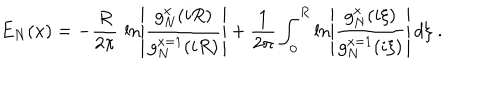
E _ { N } ( x ) = - { \frac { R } { 2 \pi } } \, \ln \left| { \frac { g _ { N } ^ { x } ( i R ) } { g _ { N } ^ { x = 1 } ( i R ) } } \right| + { \frac { 1 } { 2 \pi } } \int _ { 0 } ^ { R } \ln \left| { \frac { g _ { N } ^ { x } ( i \xi ) } { g _ { N } ^ { x = 1 } ( i \xi ) } } \right| \, d \xi \; .